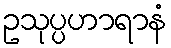
ဥသုပ္ပဟာရာနံ